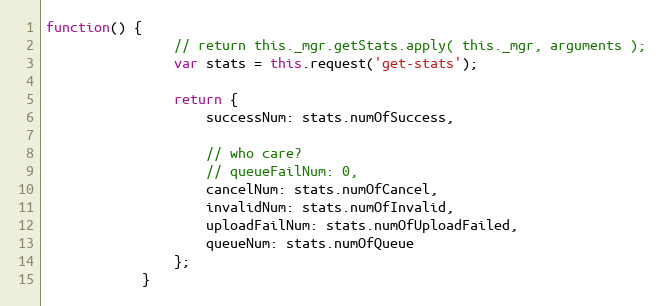
Language: JavaScript
function() {
                // return this._mgr.getStats.apply( this._mgr, arguments );
                var stats = this.request('get-stats');

                return {
                    successNum: stats.numOfSuccess,

                    // who care?
                    // queueFailNum: 0,
                    cancelNum: stats.numOfCancel,
                    invalidNum: stats.numOfInvalid,
                    uploadFailNum: stats.numOfUploadFailed,
                    queueNum: stats.numOfQueue
                };
            }